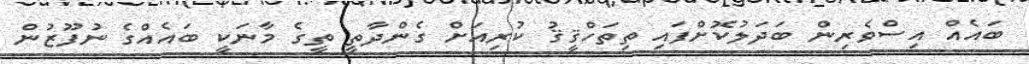
ބައެއް އިސްވެރިން ބަދަލުކޮށްފައި ތިތަހްޤީޤު ކުރިއަށް ގެންދާތީ ތީގެ މާނަކީ ބައެއްގެ ނުފޫޒުން